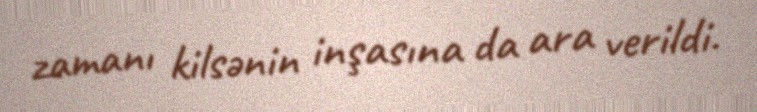
zamanı kilsənin inşasına da ara verildi.